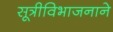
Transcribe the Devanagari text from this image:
सूत्रीविभाजनाने